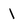
Character: 1